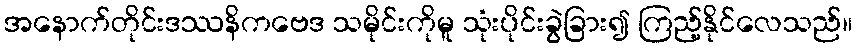
အနောက်တိုင်းဒဿနိကဗေဒ သမိုင်းကိုမူ သုံးပိုင်းခွဲခြား၍ ကြည့်နိုင်လေသည်။